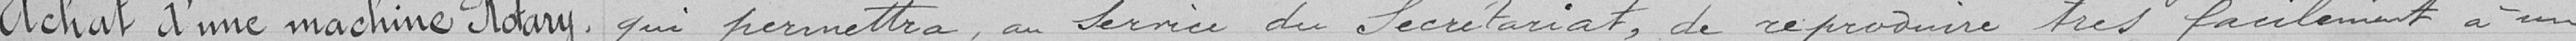
Achat d'une machine Rotary, qui permettra, au Service du Secrétariat, de reproduire très facilement à un